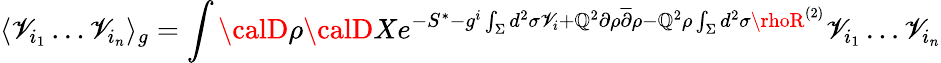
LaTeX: \langle\mathscr{V}_{i_{1}}\dots\mathscr{V}_{i_{n}}\rangle_{g}=\int{\calD}\rho{\calD}Xe^{-S^{*}-g^{i}\int_{\Sigma}d^{2}\sigma\mathscr{V}_{i}+\mathbb{Q}^{2}\partial\rho{\overline{{{\partial}}}}\rho-\mathbb{Q}^{2}\rho\int_{\Sigma}d^{2}\sigma\rhoR^{(2)}}\mathscr{V}_{i_{1}}\dots\mathscr{V}_{i_{n}}